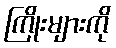
ကြိုးများကို